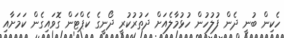
ހެކިން ބުނީ ދެން ފުލުހުން ހުޅުމާލެއަށް ދަތުރުކުރީ ދޯނީގެ ކެޕްޓަން ގޮވައިގެން ކަމަށާއި